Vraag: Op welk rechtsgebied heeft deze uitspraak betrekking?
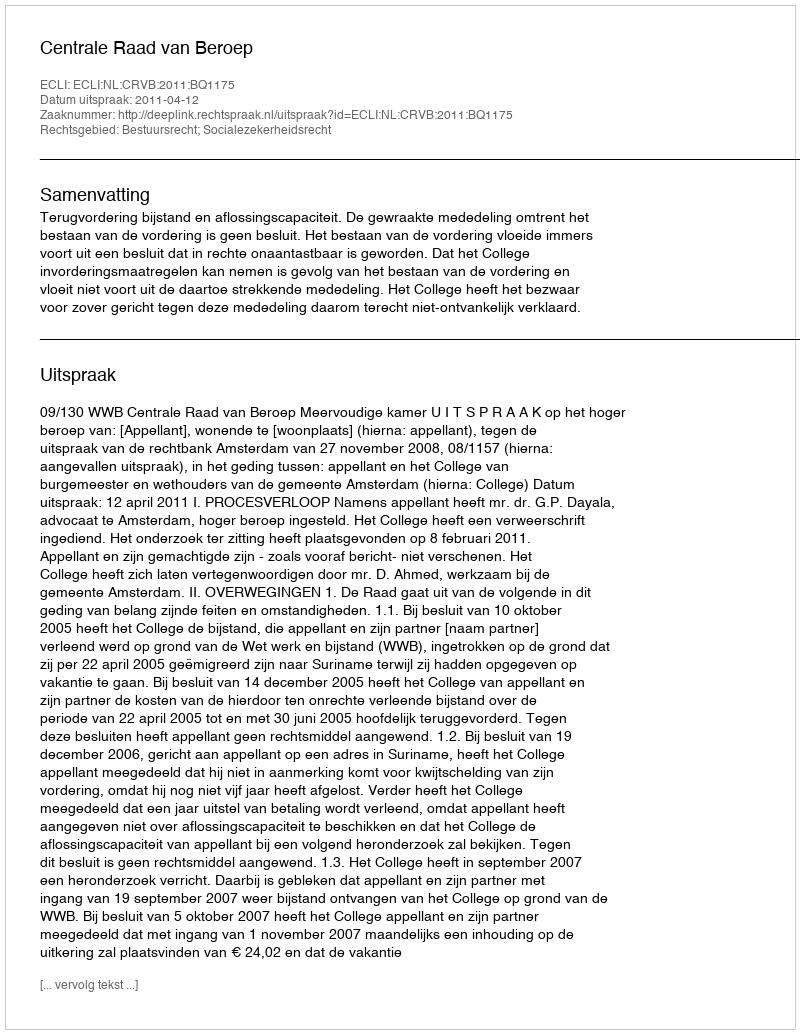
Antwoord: Bestuursrecht; Socialezekerheidsrecht